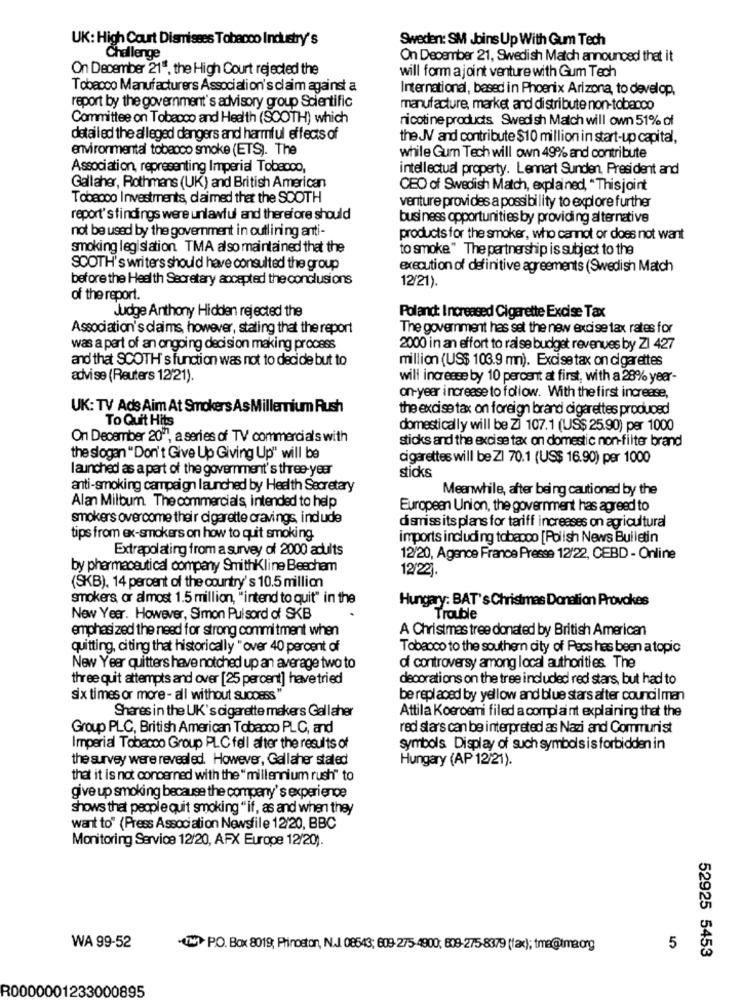
UK: High Court Dismisses Tobacco Industry's
Sweden: SM Joins Up With Gum Tech
Challenge
On December 21, Swedish Match announced that it
On December 21", the High Court rejected the
will form a joint venture with Gum Tech
Tobacco Manufacturers Association's claim against a
International, based in Phoenix Arizona, to develop,
report by the government's advisory group Scientific
manufacture, market and distribute non-tobacco
Committee on Tobacco and Health (SCOTH) which
nicotine products Swedish Match will own 51% of
detailed the alleged dangers and harmful effects of
the JV and contribute $10 million in start-up capital,
environmental tobacco smoke (ETS). The
while Gum Tech will own 49% and contribute
Association, representing Imperial Tobacco,
intellectual property. Lennart Sunden, President and
Gallaher, Rothmans (UK) and British American
CEO of Swedish Match, explained, "Thisjoint
Tobacco Investments, daimed that the SCOTH
venture provides a possibility to explore further
report's findings were unlawful and therefore should
business opportunities by providing alternative
not be used by the government in outlining anti-
products for the smoker, who cannot or does not want
smoking legislation TMA also maintained that the
to smoke" The partnership is subject to the
SCOTH's writers should have consulted the group
execution of definitive agreements (Swedish Match
before the Health Secretary accepted the conclusions
12/21).
of the report.
Judge Anthony Hidden rejected the
Poland: Increased Cigarette Excise Tax
Association's daims, however, stating that the report
The government has set the new excise tax rates for
was a part of an ongoing decision making process
2000 in an effort to raise budget revenues by ZI 427
and that SCOTH's function was not to decide but to
million (US$ 103.9 mm). Excise tax on cigarettes
advise (Reuters 12/21).
will increase by 10 percent at first, with a 28% year-
on-year increase to follow. With the first increase,
UK: TV Ads Aim At Smokers As Millenium Rush
the excise tax on foreign brand cigarettes produced
To Quit Hits
domestically will be Zi 107.1 (US$ 25.90) per 1000
On December 20", a series of TV commercials with
sticks and the excise tax on domestic non-filter brand
the slogan "Don't Give Up Giving Up" will be
cigarettes will be ZI 70.1 (US$ 16.90) per 1000
launched as a part of the government's three-year
sticks
anti-smoking campaign launched by Health Secretary
Meanwhile, after being cautioned by the
Alan Milburn. The commercials, intended to help
European Union, the government has agreed to
smokers overcome their cigarette cravings, indude
dismiss its plans for tariff increases on agricultural
tips from ex-smokers on how to quit smoking.
imports including tobacco [Polish News Bulletin
Extrapolating from a survey of 2000 adults
12/20, Agence France Presse 12/22, CEBD - Online
by pharmaceutical company SmithKline Beecham
12/22].
(SKB). 14 percent of the country's 10.5 million
smokers or almost 1.5 million, "intend to quit" in the
Hungary: BAT's Christmas Donation Provokes
New Year. However, Simon Pulsord of SKB
Trouble
emphasi zed the need for strong commitment when
A Christmas tree donated by British American
quitting, citing that historically "over 40 percent of
Tobacco to the southern city of Pecs has been a topic
New Year quitters have notched up an average two to
of controversy among local authorities The
three quit attempts and over [25 percent] havetried
decorations on the tree included red stars, but had to
six times or more - all without success"
be replaced by yellow and blue stars after councilman
Shares in the UK's cigarette maker's Gallaher
Attila Kocroemni filed a complaint explaining that the
Group PLC, British American Tobacco PLC, and
red stars can be interpreted as Nazi and Communist
Imperial Tobacco Group PLC fell after the results of
symbols Display of such symbols is forbidden in
the survey were revealed. However, Gallaher stated
Hungary (AP 12/21).
that it is not concerned with the " millennium rush" to
give up smoking because the company's experience
shows that people quit smoking "if, as and when they
want to" (Press Association Newsfile 12/20, BBC
Monitoring Service 12/20, AFX Europe 12/20).
WA 99-52
-(N) PO. Box 8019; Prinoston, N.J. 08543; 609-275-4900, 609-275-8379 (fax); tma@tmaorg
5
52925 5453
R0000001233000895